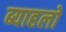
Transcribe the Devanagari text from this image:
ब्याहलो